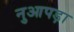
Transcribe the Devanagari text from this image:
नुआपड़ा